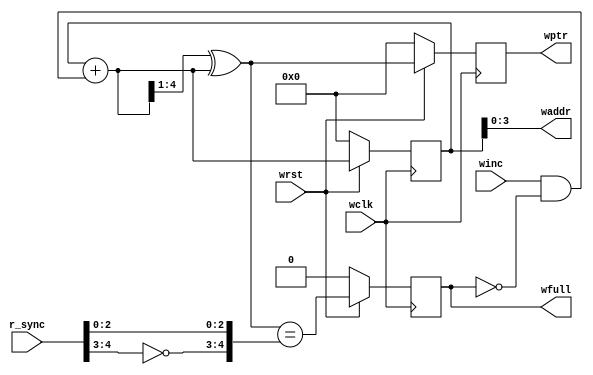
`timescale 1ns / 1ps
//////////////////////////////////////////////////////////////////////////////////
// Company: 
// Engineer: 
// 
// Design Name: 
// Module Name:    full_w 
// Project Name: 
// Target Devices: 
// Tool versions: 
// Description: 
//
// Dependencies: 
//
// Revision: 
// Revision 0.01 - File Created
// Additional Comments: 
//
//////////////////////////////////////////////////////////////////////////////////
module full_w
#(parameter addr_size=4)
(
input wclk,wrst,winc,
input [addr_size:0] r_sync,
output reg wfull,
output reg [addr_size:0] wptr,
output [addr_size-1:0] waddr
);

reg [addr_size:0] wbin;
wire [addr_size:0] wbnext,wgnext;

assign waddr=wbin[addr_size-1:0];
assign wbnext=wbin+(winc&(~wfull));
assign wgnext=(wbnext>>1)^(wbnext);
assign full_val=(wgnext=={~r_sync[addr_size:addr_size-1],r_sync[addr_size-2:0]});
always @(posedge wclk)
begin
if(!wrst)
begin
wbin<=0;
wptr<=0;
end
else
begin
wbin<=wbnext;
wptr<=wgnext;
end
end

always @(posedge wclk)
begin
if(!wrst)
wfull<=0;
else 
wfull<=full_val;
end

endmodule